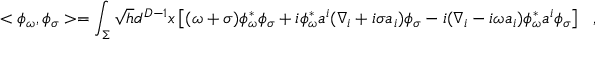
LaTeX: < \phi _ { \omega } , \phi _ { \sigma } > = \int _ { \Sigma } \sqrt { h } d ^ { D - 1 } x \left[ ( \omega + \sigma ) \phi _ { \omega } ^ { * } \phi _ { \sigma } + i \phi _ { \omega } ^ { * } a ^ { i } ( \nabla _ { i } + i \sigma a _ { i } ) \phi _ { \sigma } - i ( \nabla _ { i } - i \omega a _ { i } ) \phi _ { \omega } ^ { * } a ^ { i } \phi _ { \sigma } \right] ~ ~ ~ ,